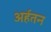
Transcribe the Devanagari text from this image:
अर्हतन